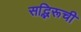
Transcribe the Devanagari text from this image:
सद्भिरूची